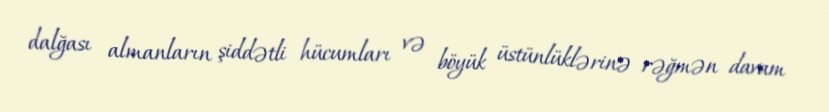
dalğası almanların şiddətli hücumları və böyük üstünlüklərinə rəğmən davam